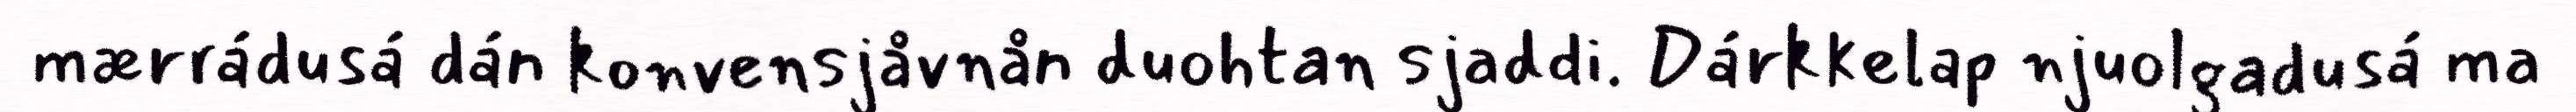
mærrádusá dán konvensjåvnån duohtan sjaddi. Dárkkelap njuolgadusá ma